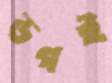
ডগই